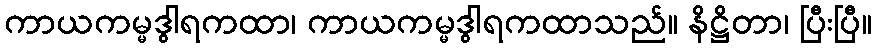
ကာယကမ္မဒွါရကထာ၊ ကာယကမ္မဒွါရကထာသည်။ နိဋ္ဌိတာ၊ ပြီးပြီ။